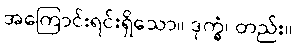
အကြောင်းရင်းရှိသော။ ဒုက္ခံ၊ တည်း။